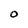
Character: 0